Annual statistical returns and brief notes on vaccination in Bengal - 1909-1929
Year: 1909
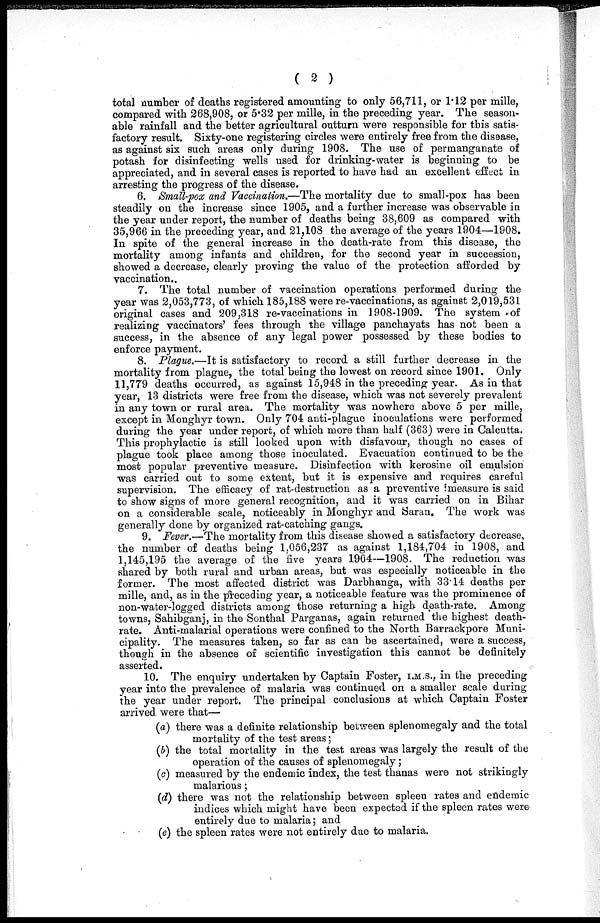
( 2 )
total number of deaths registered amounting to only 56,711, or 1.12 per mille,
compared with 268,908, or 5.32 per mille, in the preceding year. The season-
able rainfall and the better agricultural outturn were responsible for this satis-
factory result. Sixty-one registering circles were entirely free from the disease,
as against six such areas only during 1908. The use of permanganate of
potash for disinfecting wells used for drinking-water is beginning to be
appreciated, and in several cases is reported to have had an excellent effect in
arresting the progress of the disease.
6. Small-pox and Vaccination.—The mortality due to small-pox has been
steadily on the increase since 1905, and a further increase was observable in
the year under report, the number of deaths being 38,609 as compared with
35,966 in the preceding year, and 21,108 the average of the years 1904—1908.
In spite of the general increase in the death-rate from this disease, the
mortality among infants and children, for the second year in succession,
showed a decrease, clearly proving the value of the protection afforded by
vaccination..
7. The total number of vaccination operations performed during the
year was 2,053,773, of which 185,188 were re-vaccinations, as against 2,019,531
original cases and 209,318 re-vaccinations in 1908-1909. The system of
realizing vaccinators' fees through the village panchayats has not been a
success, in the absence of any legal power possessed by these bodies to
enforce payment.
8. Plague.—It is satisfactory to record a still further decrease in the
mortality from plague, the total being the lowest on record since 1901. Only
11,779 deaths occurred, as against 15,948 in the preceding year. As in that
year, 13 districts were free from the disease, which was not severely prevalent
in any town or rural area. The mortality was nowhere above 5 per mille,
except in Monghyr town. Only 704 anti-plague inoculations were performed
during the year under report, of which more than half (363) were in Calcutta.
This prophylactic is still looked upon with disfavour, though no cases of
plague took place among those inoculated. Evacuation continued to be the
most popular preventive measure. Disinfection with kerosine oil emulsion
was carried out to some extent, but it is expensive and requires careful
supervision. The efficacy of rat-destruction as a preventive measure is said
to show signs of more general recognition, and it was carried on in Bihar
on a considerable scale, noticeably in Monghyr and Saran. The work was
generally done by organized rat-catching gangs.
9. Fever.—The mortality from this disease showed a satisfactory decrease,
the number of deaths being 1,056,237 as against 1,184,704 in 1908, and
1,145,195 the average of the five years 1904—1908. The reduction was
shared by both rural and urban areas, but was especially noticeable in the
former. The most affected district was Darbhanga, with 33.14 deaths per
mille, and, as in the preceding year, a noticeable feature was the prominence of
non-water-logged districts among those returning a high death-rate. Among
towns, Sahibganj, in the Sonthal Parganas, again returned the highest death-
rate. Anti-malarial operations were confined to the North Barrackpore Muni-
cipality. The measures taken, so far as can be ascertained, were a success,
though in the absence of scientific investigation this cannot be definitely
asserted.
10. The enquiry undertaken by Captain Foster, I.M.S., in the preceding
year into the prevalence of malaria was continued on a smaller scale during
the year under report. The principal conclusions at which Captain Foster
arrived were that—
(a) there was a definite relationship between splenomegaly and the total
mortality of the test areas;
(b) the total mortality in the test areas was largely the result of the
operation of the causes of splenomegaly;
(c) measured by the endemic index, the test thanas were not strikingly
malarious;
(d) there was not the relationship between spleen rates and endemic
indices which might have been expected if the spleen rates were
entirely due to malaria; and
(e) the spleen rates were not entirely due to malaria.